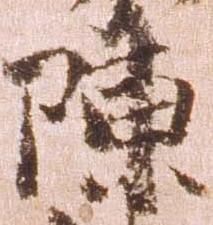
陳